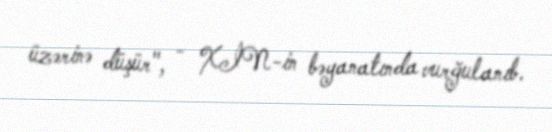
üzərinə düşür", - XİN-in bəyanatında vurğulanıb.